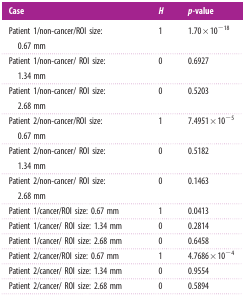
| Case | H | p-value |
 | --- | --- | --- |
 | Patient 1/non-cancer/ROI size: 0.67 mm | 1 | 1.70×10−18 |
 | Patient 1/non-cancer/ ROI size: 1.34 mm | 0 | 0.6927 |
 | Patient 1/non-cancer/ ROI size: 2.68 mm | 0 | 0.5203 |
 | Patient 2/non-cancer/ROI size: 0.67 mm | 1 | 7.4951×10−5 |
 | Patient 2/non-cancer/ ROI size: 1.34 mm | 0 | 0.5182 |
 | Patient 2/non-cancer/ ROI size: 2.68 mm | 0 | 0.1463 |
 | Patient 1/cancer/ROI size: 0.67 mm | 1 | 0.0413 |
 | Patient 1/cancer/ ROI size: 1.34 mm | 0 | 0.2814 |
 | Patient 1/cancer/ ROI size: 2.68 mm | 0 | 0.6458 |
 | Patient 2/cancer/ROI size: 0.67 mm | 1 | 4.7686×10−4 |
 | Patient 2/cancer/ ROI size: 1.34 mm | 0 | 0.9554 |
 | Patient 2/cancer/ ROI size: 2.68 mm | 0 | 0.5894 |